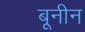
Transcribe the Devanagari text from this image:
बूनीन